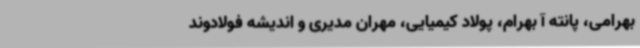
بهرامی، پانته آ بهرام، پولاد کیمیایی، مهران مدیری و اندیشه فولادوند